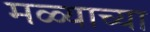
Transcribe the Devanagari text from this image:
मळ्याच्या